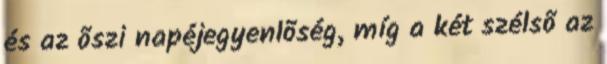
és az õszi napéjegyenlõség, míg a két szélsõ az